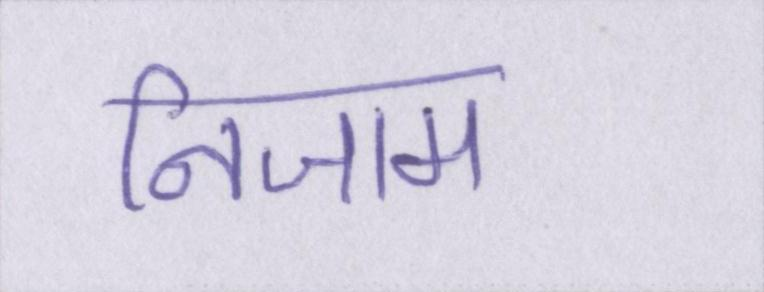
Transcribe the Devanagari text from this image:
निजाम